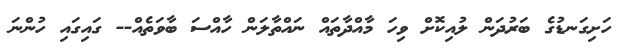
ހަށިގަނޑުގެ ބަރުދަން ލުއިކޮށް ވިހަ މާއްދާތައް ނައްތާލަން ހާއްސަ ބާވަތެއް-- ގައިގައި ހުންނަ